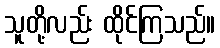
သူတို့လည်း ထိုင်ကြသည်။